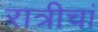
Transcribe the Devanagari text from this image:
रात्रीचां